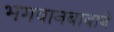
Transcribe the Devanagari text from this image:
भगवानबाबाने